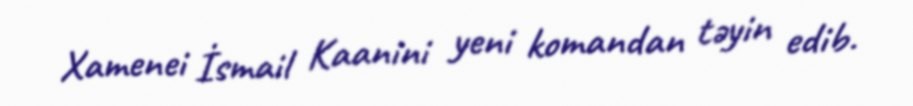
Xamenei İsmail Kaanini yeni komandan təyin edib.